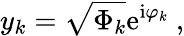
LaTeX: y_{k}=\sqrt{\Phi_{k}}\mathrm{e}^{\mathrm{i}\varphi_{k}}\ ,